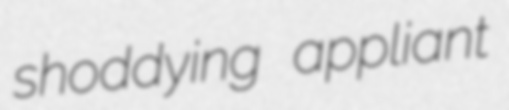
shoddying appliant